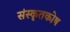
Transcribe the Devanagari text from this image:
संस्कृतकाेष